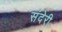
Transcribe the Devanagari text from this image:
संदेरी